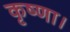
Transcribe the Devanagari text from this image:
कृष्णा।